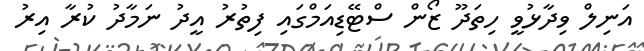
އަނިލް ވިދާޅުވީ ހިތަދޫ ޒޯން ސްޓޭޑިއަމްގައި ފިތުރު އީދު ނަމާދު ކުރާ އިރު